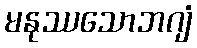
မနုဿသောဘဂျံ